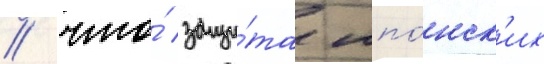
/ что́ защи́та япо́нск'их